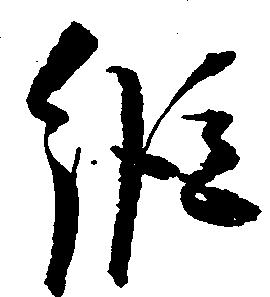
縦